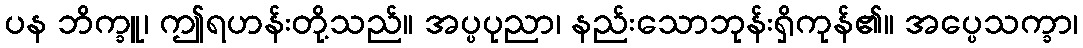
ပန ဘိက္ခူ၊ ဤရဟန်းတို့သည်။ အပ္ပပုညာ၊ နည်းသောဘုန်းရှိကုန်၏။ အပ္ပေသက္ခာ၊